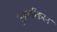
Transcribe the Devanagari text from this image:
पुनवर्गीकरन